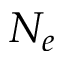
N _ { e }